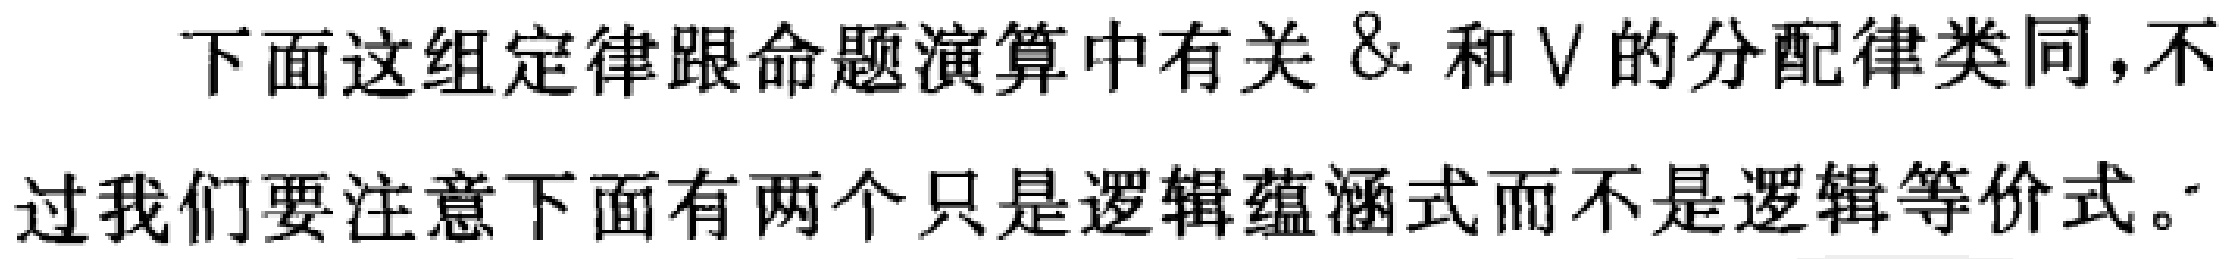
下面这组定律跟命题演算中有关 \& 和 $\vee$ 的分配律类同,不过我们要注意下面有两个只是逻辑蕴涵式而不是逻辑等价式。